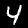
Digit: 4